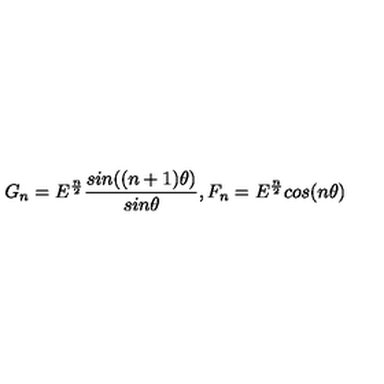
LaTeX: G _ { n } = E ^ { \frac { n } { 2 } } \frac { s i n ( ( n + 1 ) \theta ) } { s i n \theta } , F _ { n } = E ^ { \frac { n } { 2 } } c o s ( n \theta )